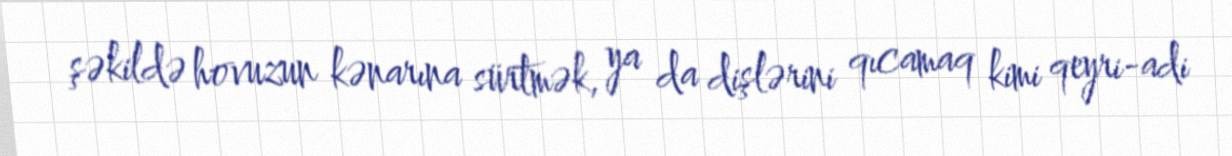
şəkildə hovuzun kənarına sürtmək, ya da dişlərini qıcamaq kimi qeyri-adi